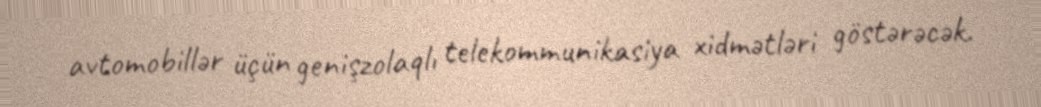
avtomobillər üçün genişzolaqlı telekommunikasiya xidmətləri göstərəcək.